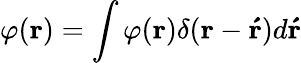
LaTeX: \varphi(\boldsymbol{\mathbf{r}})=\int\varphi(\boldsymbol{\mathbf{r}})\delta(\boldsymbol{\mathbf{r}}-\boldsymbol{\mathbf{\acute{r}}})d\boldsymbol{\mathbf{\acute{r}}}